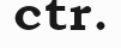
ctr.